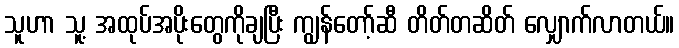
သူဟာ သူ့ အထုပ်အပိုးတွေကိုချပြီး ကျွန်တော့်ဆီ တိတ်တဆိတ် လျှောက်လာတယ်။